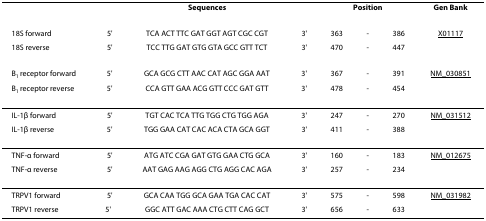
<table><thead><tr><td></td><td colspan="3"><b>Sequences</b></td><td colspan="3"><b>Position</b></td><td><b>Gen Bank</b></td></tr></thead><tbody><tr><td>18S forward</td><td>5&#x27;</td><td>TCA ACT TTC GAT GGT AGT CGC CGT</td><td>3&#x27;</td><td>363</td><td>-</td><td>386</td><td>X01117</td></tr><tr><td>18S reverse</td><td>5&#x27;</td><td>TCC TTG GAT GTG GTA GCC GTT TCT</td><td>3&#x27;</td><td>470</td><td>-</td><td>447</td><td></td></tr><tr><td>B<sub>1 </sub>receptor forward</td><td>5&#x27;</td><td>GCA GCG CTT AAC CAT AGC GGA AAT</td><td>3&#x27;</td><td>367</td><td>-</td><td>391</td><td>NM_030851</td></tr><tr><td>B<sub>1 </sub>receptor reverse</td><td>5&#x27;</td><td>CCA GTT GAA ACG GTT CCC GAT GTT</td><td>3&#x27;</td><td>478</td><td>-</td><td>454</td><td></td></tr><tr><td>IL-1β forward</td><td>5&#x27;</td><td>TGT CAC TCA TTG TGG CTG TGG AGA</td><td>3&#x27;</td><td>247</td><td>-</td><td>270</td><td>NM_031512</td></tr><tr><td>IL-1β reverse</td><td>5&#x27;</td><td>TGG GAA CAT CAC ACA CTA GCA GGT</td><td>3&#x27;</td><td>411</td><td>-</td><td>388</td><td></td></tr><tr><td>TNF-α forward</td><td>5&#x27;</td><td>ATG ATC CGA GAT GTG GAA CTG GCA</td><td>3&#x27;</td><td>160</td><td>-</td><td>183</td><td>NM_012675</td></tr><tr><td>TNF-α reverse</td><td>5&#x27;</td><td>AAT GAG AAG AGG CTG AGG CAC AGA</td><td>3&#x27;</td><td>257</td><td>-</td><td>234</td><td></td></tr><tr><td>TRPV1 forward</td><td>5&#x27;</td><td>GCA CAA TGG GCA GAA TGA CAC CAT</td><td>3&#x27;</td><td>575</td><td>-</td><td>598</td><td>NM_031982</td></tr><tr><td>TRPV1 reverse</td><td>5&#x27;</td><td>GGC ATT GAC AAA CTG CTT CAG GCT</td><td>3&#x27;</td><td>656</td><td>-</td><td>633</td><td></td></tr></tbody></table>